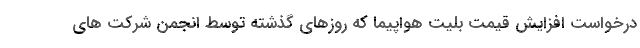
درخواست افزایش قیمت بلیت هواپیما که روزهای گذشته توسط انجمن شرکت های